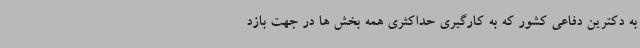
به دکترین دفاعی کشور که به کارگیری حداکثری همه بخش ها در جهت بازد